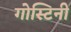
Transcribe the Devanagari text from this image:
गोस्टिनी